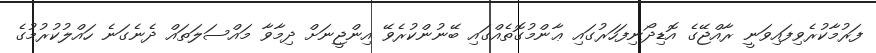
ފަރުމާކުރެވިފައިވަނީ ރާއްޖޭގެ އޮޑިދޯނިފަހަރުގައި ޢާންމުގޮތެއްގައި ބޭނުންކުރެވޭ އިންޖީނަށް ދިމާވާ މައްސަލަތައް ދެނެގަނެ ހައްލުކުރުމުގެ